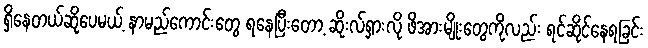
ရှိနေတယ်ဆိုပေမယ့် နာမည်ကောင်းတွေ ရနေပြီးတော့ ဆိုးလ်ရှားလို ဖိအားမျိုးတွေကိုလည်း ရင်ဆိုင်နေရခြင်း